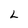
Character: L